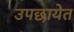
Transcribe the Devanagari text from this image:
उपछायेत